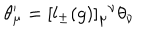
LaTeX: \theta _ { \mu } ^ { \prime } = [ l _ { \pm } ( g ) ] _ { \mu } { } ^ { \nu } \theta _ { \nu }